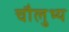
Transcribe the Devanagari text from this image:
चौलुभ्य